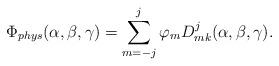
LaTeX: \begin{align*}\Phi_{phys}(\alpha,\beta,\gamma) = \sum_{m=-j}^j \varphi_mD^j_{mk}(\alpha, \beta, \gamma).\end{align*}